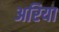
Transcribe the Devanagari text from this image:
अरिया